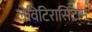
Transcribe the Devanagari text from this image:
लेविटिरासिटाम